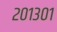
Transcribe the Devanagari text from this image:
२०१३०१